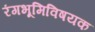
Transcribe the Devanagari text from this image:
रंगभूमिविषयक